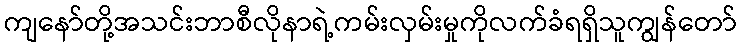
ကျနော်တို့အသင်းဘာစီလိုနာရဲ့ကမ်းလှမ်းမှုကိုလက်ခံရရှိသူကျွန်တော်